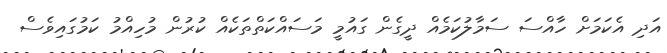
އަދި އެކަމަށް ހާއްސަ ސަމާލުކަމެއް ދީގެން ގައުމީ މަސައްކަތްތަކެއް ކުރުން މުހިއްމު ކަމުގައިވެސް